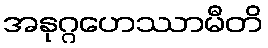
အနုဂ္ဂဟေဿာမီတိ